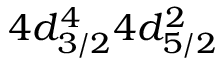
4 d _ { 3 / 2 } ^ { 4 } 4 d _ { 5 / 2 } ^ { 2 }